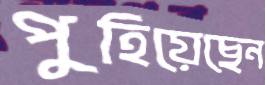
পুহিয়েছেন